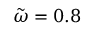
\tilde { \omega } = 0 . 8